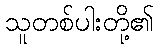
သူတစ်ပါးတို့၏